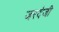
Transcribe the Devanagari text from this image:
जरदेजी